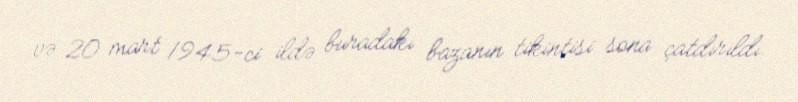
və 20 mart 1945-ci ildə buradakı bazanın tikintisi sona çatdırıldı.